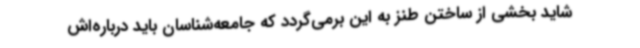
شاید بخشی از ساختن طنز به این برمی‌گردد که جامعه‌شناسان باید درباره‌اش